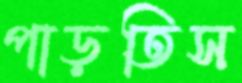
পাড়তিস